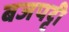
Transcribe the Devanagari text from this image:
बजपट्टी